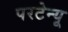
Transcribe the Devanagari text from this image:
परटेन्यू